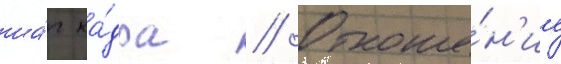
ша́г ка́дра // Отноше́н'ие